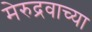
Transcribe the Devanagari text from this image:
मेरुद्रवाच्या